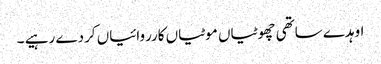
اوہدے ساتھی چھوٹیاں موٹیاں کارروائیاں کردے رہیے ۔